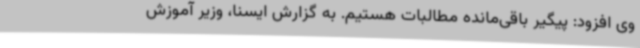
وی افزود: پیگیر باقی‌مانده مطالبات هستیم. به گزارش ایسنا، وزیر آموزش